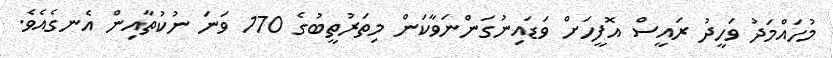
މުހައްމަދު ވަހީދު ރައީސް އޮފީހަށް ވަޑައިނުގަންނަވާކަން މިތަރުތީބުގެ 170 ވަނަ ނުކުތާއިން އެނގެއެވެ.